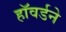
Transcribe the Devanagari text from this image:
हॉवर्डने